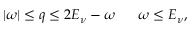
| \omega | \le q \le 2 E _ { \nu } - \omega ~ ~ ~ ~ ~ \omega \le E _ { \nu } ,